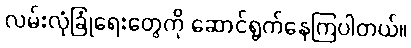
လမ်းလုံခြုံရေးတွေကို ဆောင်ရွက်နေကြပါတယ်။